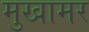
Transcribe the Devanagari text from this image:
मुखामर